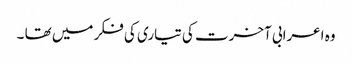
وہ اعرابی آخرت کی تیاری کی فکر میں تھا ۔